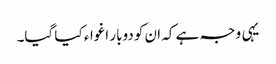
یہی وجہ ہے کہ ان کو دوبار اغواء کیا گیا۔